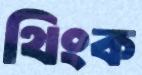
থিংক